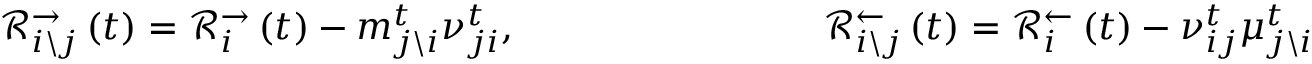
\mathcal { R } _ { i \backslash j } ^ { \rightarrow } \left( t \right) = \mathcal { R } _ { i } ^ { \rightarrow } \left( t \right) - m _ { j \backslash i } ^ { t } \nu _ { j i } ^ { t } , \qquad \qquad \qquad \qquad \mathcal { R } _ { i \backslash j } ^ { \leftarrow } \left( t \right) = \mathcal { R } _ { i } ^ { \leftarrow } \left( t \right) - \nu _ { i j } ^ { t } \mu _ { j \backslash i } ^ { t }